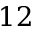
1 2